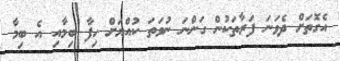
އެގޮތަށް ދެވަނަ ފަރާތަކުން ގަންނަ ނުވަތަ ކުއްޔަށް ހިފާ ބިމާއި އެ ބިމާ